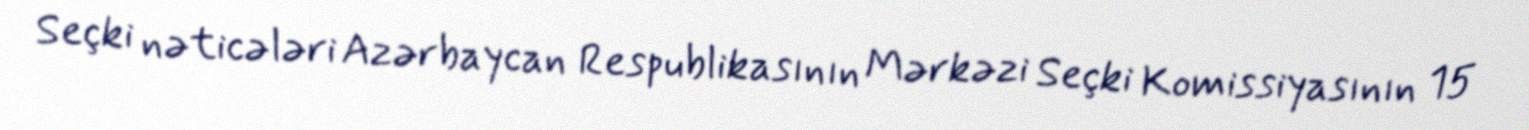
Seçki nəticələri Azərbaycan Respublikasının Mərkəzi Seçki Komissiyasının 15